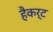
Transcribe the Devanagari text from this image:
हैकर्ट